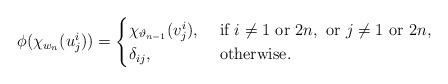
LaTeX: \begin{align*}\phi(\chi_{w_{n}}(u_{j}^{i}))=\begin{cases} \chi_{\vartheta_{n-1}}(v_{j}^{i}), & \mbox{ if } i \neq 1 \mbox{ or } 2n, \mbox{ or } j \neq 1 \mbox{ or } 2n, \cr \delta_{ij}, & \mbox{ otherwise. } \cr\end{cases}\end{align*}